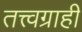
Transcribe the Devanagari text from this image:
तत्त्वग्राही